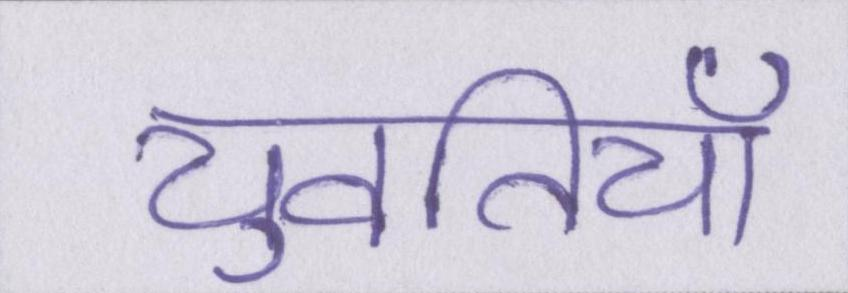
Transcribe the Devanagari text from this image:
युवतियाँ